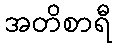
အတိစာရီ